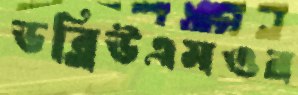
ডব্লিউএমওর